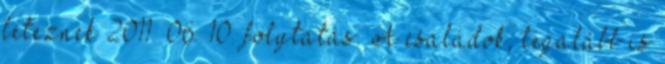
léteznek 2011. 06. 10. folytatás. A családok, legalább is